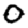
Digit: 0